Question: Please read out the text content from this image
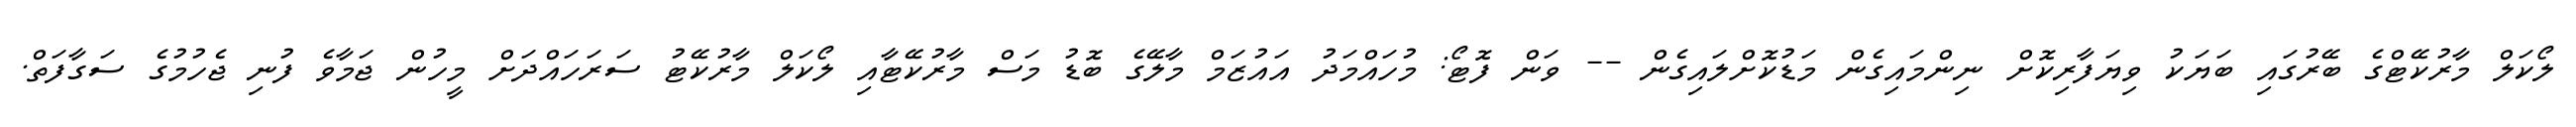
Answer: ލޯކަލް މާރުކޭޓްގެ ބޭރުގައި ބަޔަކު ވިޔަފާރިކޮށް ނިންމައިގެން މަޑުކޮށްލައިގެން -- ވަން ފޮޓޯ: މުހައްމަދު އައުޒަމް މާލޭގެ ބޮޑު މަސް މާރުކޭޓާއި ލޯކަލް މާރުކޭޓު ސަރަހައްދަށް މީހުން ޖަމާވެ ފުނި ޖެހުމުގެ ސަގާފަތް.